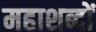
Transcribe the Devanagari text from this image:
महाशब्दों